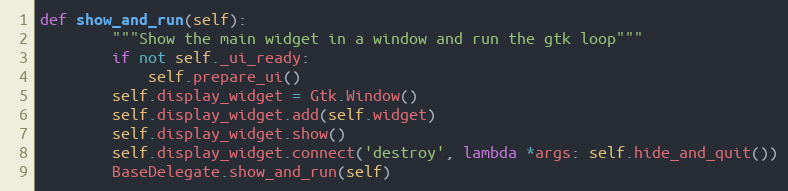
Language: Python
def show_and_run(self):
        """Show the main widget in a window and run the gtk loop"""
        if not self._ui_ready:
            self.prepare_ui()
        self.display_widget = Gtk.Window()
        self.display_widget.add(self.widget)
        self.display_widget.show()
        self.display_widget.connect('destroy', lambda *args: self.hide_and_quit())
        BaseDelegate.show_and_run(self)